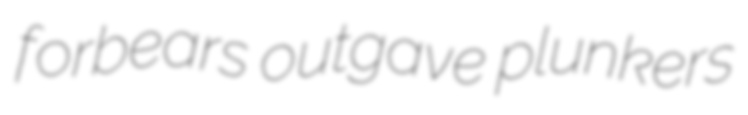
forbears outgave plunkers